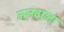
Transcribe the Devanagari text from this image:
ऊनवाला